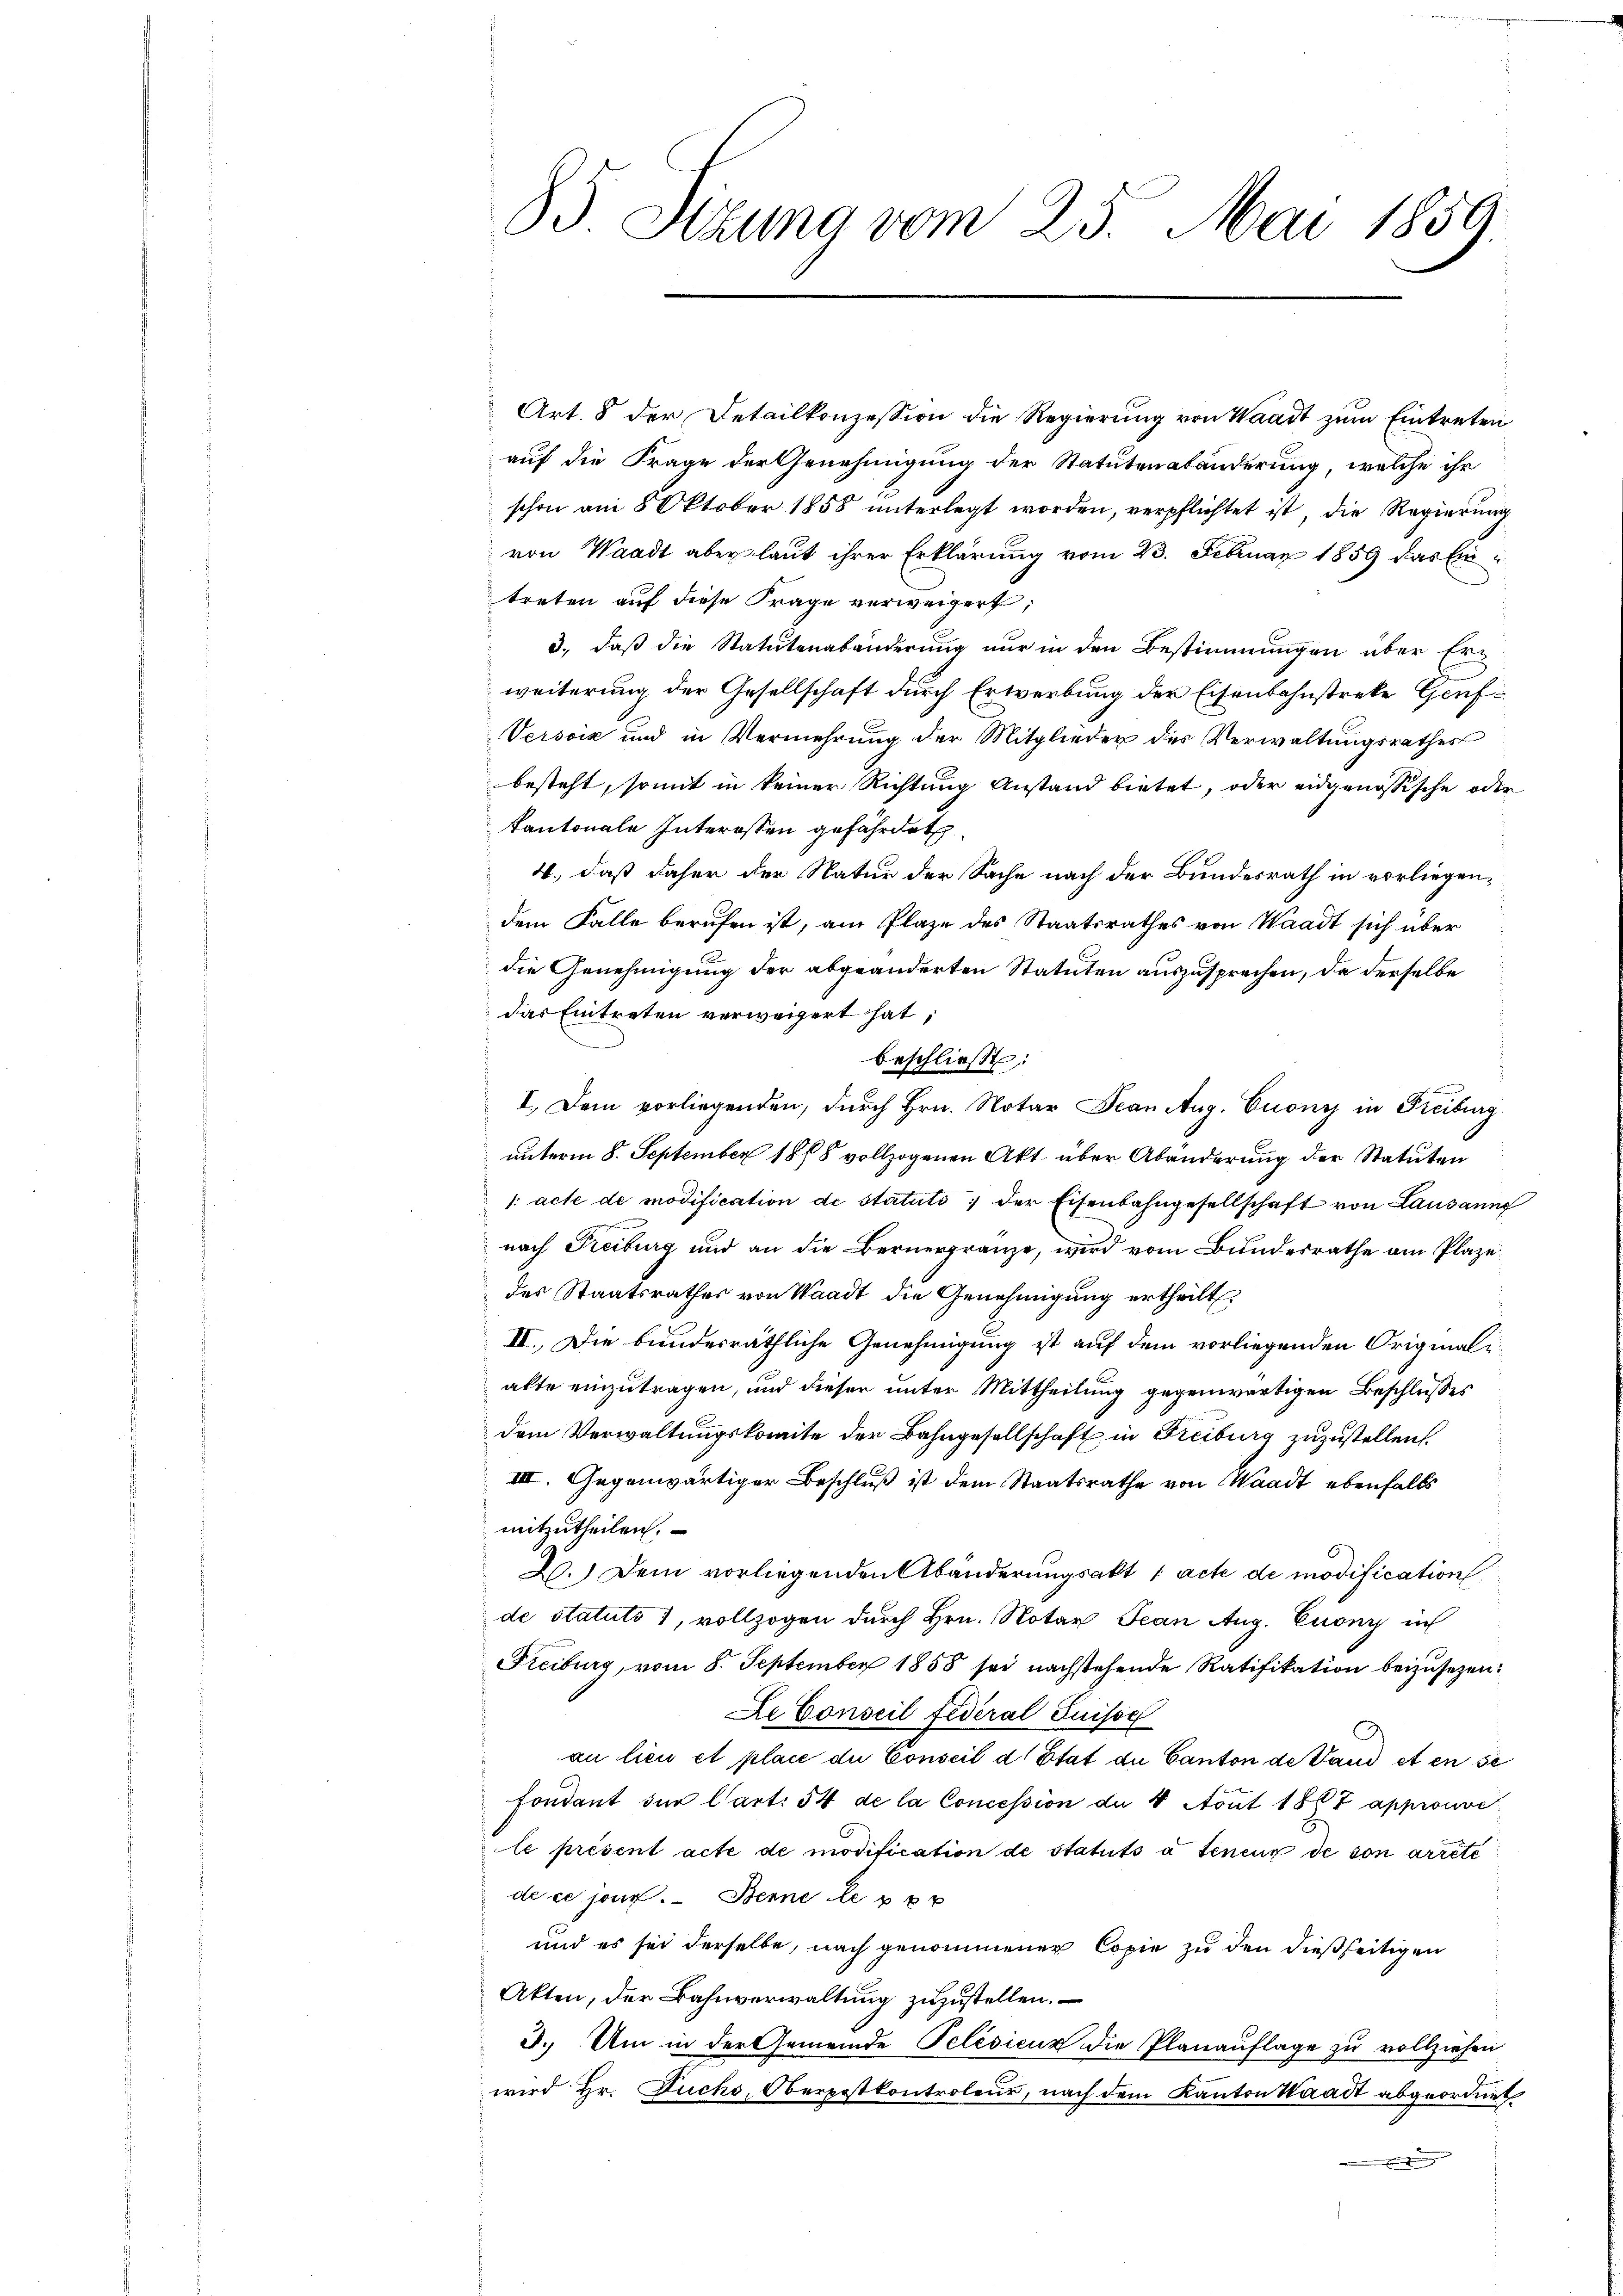
83 Sizung vom 25. Mai 1859.

Art. 8 der Detailkonzession die Regierŭng von Waadt zŭm Eintreten
auf die Frage der Genehmigung der Statutenabänderung, welche ihr
schon am 8 Oktober 1858 unterlegt worden, verpflichtet ist, die Regierung
von Waadt aber laut ihrer Erklärung vom 23. Februar 1859 das Eintreten auf diese Frage verweigert,
3., daß die Statutenabänderung nur in den Bestimmungen über Erweiterung der Gesellschaft durch Erwerbung der Eisenbahnstreke Genf¬
Versoiz und in Vermehrung der Mitglieder des Verwaltungsrathes
besteht, somit in keiner Richtung Anstand bietet, oder eidgenössische oder
Kantonale Interossen gefährdet
4., daß daher der Natur der Sache nach der Bundesrath in vorliegendem Falle berufen ist, am Plaze des Staatsrathes von Waadt sich über
die Genehmigung der abgeänderten Statuten auszusprechen, da derselbe
das Eintreten verweigert hat,
beschließt:
I. Dem vorliegenden, durch Hrn. Notar Jean Aug. Euony in Freiburg
unterm 8. September 1878 vollzogenen Akt über Abänderung der Statuten
/: acte de modification de statuts der Eisenbahngesellschaft von Lausann
nach Treiburg und an die Bernergränze, wird vom Bundesrathe am Plaze
des Staatsrathes von Waadt die Genehmigung ertheilt
II. Die bundesräthliche Genehmigung ist auf dem vorliegenden Originalalte einzutragen, und dieser unter Mittheilung gegenwärtigen Beschlußes
dem Verwaltungskomite der Bahngesellschaft in Freiburg zuzustellen.
III. Gegenwärtiger Beschluß ist dem Staatsrathe von Waadt ebenfalls
mitzutheilen.
20.) Dem vorliegenden Abänderungsakt / acte de modification
de statuts 7, vollzogen durch Hrn. Notar Jean Aug. Euony un
Freiburg, vom 8. September 1858 sei nachstehende Ratifikation beizusetzen.
De Conseil fédéral Suisse
an lieu et place du Conseil d’Etat de Canton de Vaud et en se
fondent der Cart. 54 de la Concession an 4 Aout 1887 approuve
le présent acte de modification de statuts à teneur de von arrete
de ce jour. Berne le p
und es sei derselbe, nach genommener Copie zu den dießseitigen
Akten, der Bahnverwaltung zuzustellen.
3. Um in der Gemeinde Pelésieux die Planauflage zu vollziehen
wird Hr. Fuchs, Oberpostkontroleur, nach dem Kanton Waadt abgeordnet